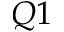
Q 1